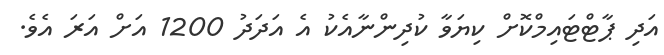
އަދި ޕާޓްޓައިމްކޮށް ކިޔަވާ ކުދިންނާއެކު އެ އަދަދު 1200 އަށް އަރަ އެވެ.